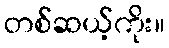
တစ်ဆယ့်ကိုး။